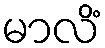
မာလိံ